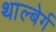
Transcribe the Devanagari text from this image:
थाल्बेर्ग